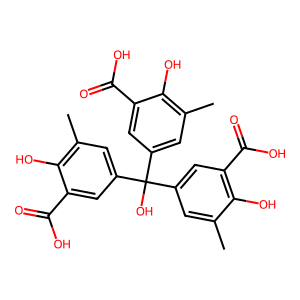
SMILES: Cc1cc(C(O)(c2cc(C)c(O)c(C(=O)O)c2)c2cc(C)c(O)c(C(=O)O)c2)cc(C(=O)O)c1O
Inhibits HIV replication: No